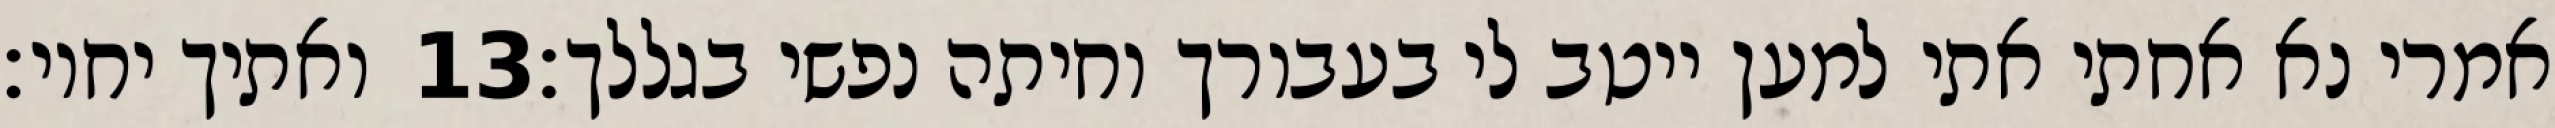
ואתיך יחיו׃ ‎13‏ אמרי נא אחתי אתי למען ייטב לי בעבורך וחיתה נפשי בגללך׃